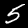
Digit: 5